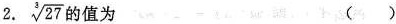
2 $$\sqrt { 3 ]{ 2 7 }$$ 的值为 ()